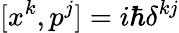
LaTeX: [x^{k},p^{j}]=i\hbar\delta^{kj}